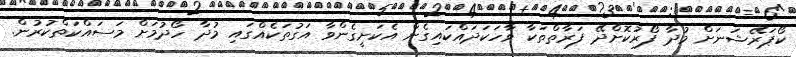
ކޯޕަރޭޝަނަށް މުދާ ފޯރުކޮށްދޭ ފަރާތްތަކާ ވާހަކަދައްކައިގެން އެކަށީގެންވާ އަގުތަކެއްގައި މުދާ ހޯދުމަށް މަސައްކަތްކުރުން.